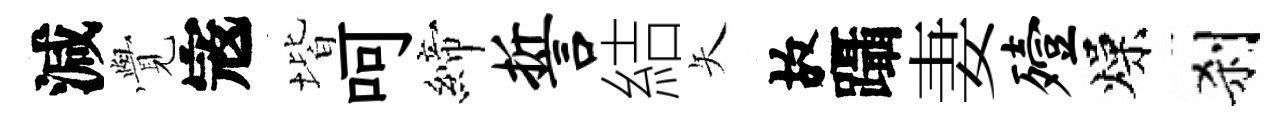
減𮗜𡨥堦呵締誓結矢故躡妻殪燥刹